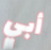
أبي